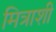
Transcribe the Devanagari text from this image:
मित्राशी